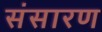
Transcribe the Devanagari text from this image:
संसारण